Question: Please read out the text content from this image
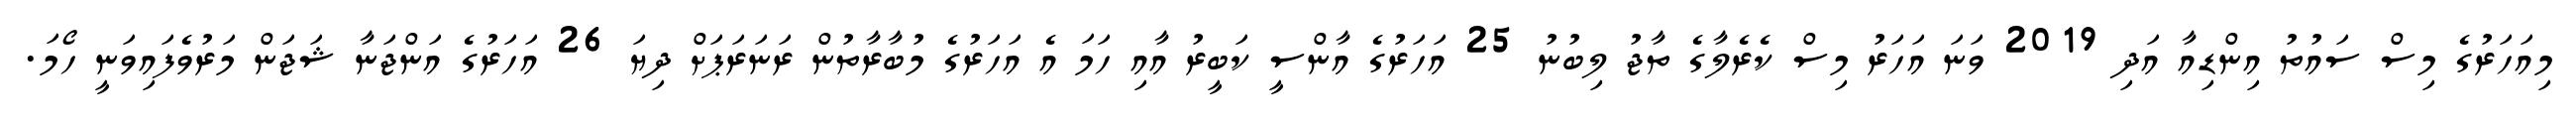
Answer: މިއަހަރުގެ މިސް ސައުތު އިންޑިއާ އަދި 2019 ވަނަ އަހަރު މިސް ކެރެލާގެ ތާޖު ލިބުނު 25 އަހަރުގެ އާންސީ ކަބީރު އާއި ހަމަ އެ އަހަރުގެ މުބާރާތުން ރަނަރަޕަށް ދިޔަ 26 އަހަރުގެ އަންޖަނާ ޝަޖަން މަރުވެފައިވަނީ ހޯމަ.